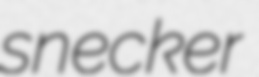
snecker